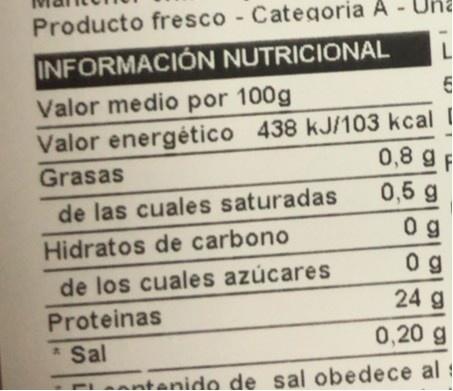
Una
Producto fresco - Categoria A
INFORMACIÓN NUTRICIONAL
L
Valor medio por 100g
Valor energético 438 kJ/103 kcal 0,8 g
Grasas
F
0,5 g
de las cuales saturadas
0 g 0 g
Hidratos de carbono
de los cuales azúcares
24 g
Proteinas *Sal
0,20 g
antenido de sal obedece al